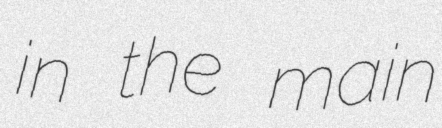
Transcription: in the main